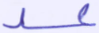
عد